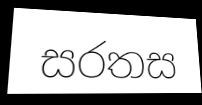
සරතස